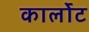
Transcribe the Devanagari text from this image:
कार्लोट